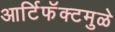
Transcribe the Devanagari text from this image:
आर्टिफॅक्टमुळे